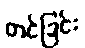
တင်ခြင်း